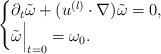
LaTeX: \begin{align*} \begin{cases} \partial_t \tilde \omega + (u^{(l)} \cdot \nabla) \tilde \omega =0, \\ \tilde \omega \Bigr|_{t=0}= \omega_0. \end{cases}\end{align*}